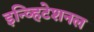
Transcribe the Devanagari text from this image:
इन्व्हिटेशनल